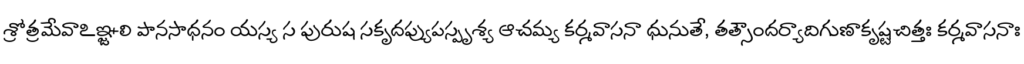
శ్రోత్రమేవాఽఞ్జలి పానసాధనం యస్య స పురుష సకృదప్యుపస్పృశ్య ఆచమ్య కర్మవాసనా ధునుతే, తత్సౌందర్యాదిగుణాకృష్టచిత్తః కర్మవాసనాః